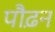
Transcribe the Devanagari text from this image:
पौढ़न